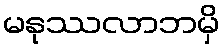
မနုဿလာဘမှိ